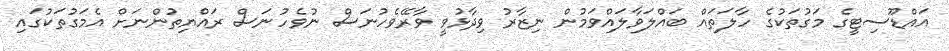
އައްޑޫސިޓީގެ މަގުތަކުގެ ހާލަތައް ބައްލަވާލައްވަމުން ނިޒާރު ވިދާޅުވީ ވާރޭވެހުނަސް ނުވެހުނަސް ރައްޔިތުންނަށް އެމަގުތަކުގައި